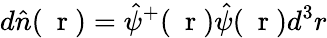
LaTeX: d{\hat{n}}(\mathrm{~\mathbf~r~})=\hat{\psi}^{+}(\mathrm{~\mathbf~r~})\hat{\psi}(\mathrm{~\mathbf~r~})d^{3}r